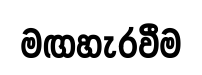
මඟහැරවීම